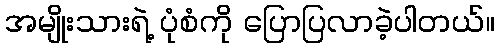
အမျိုးသားရဲ့ ပုံစံကို ပြောပြလာခဲ့ပါတယ်။